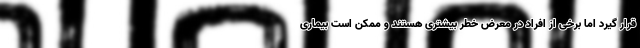
قرار گیرد اما برخی از افراد در معرض خطر بیشتری هستند و ممکن است بیماری